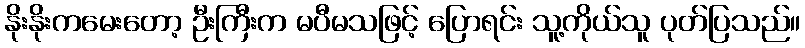
နိုးနိုးကမေးတော့ ဦးကြီးက မပီမသဖြင့် ပြောရင်း သူ့ကိုယ်သူ ပုတ်ပြသည်။